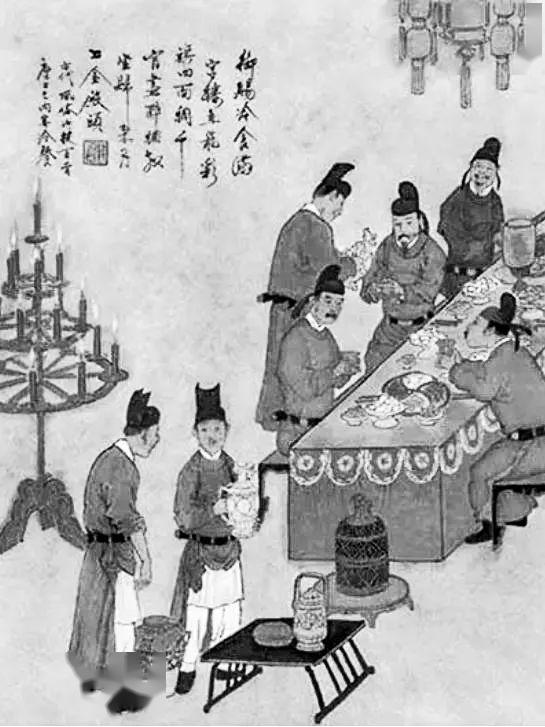
田舍清明日，家家出火迟。